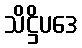
သိဋ္ဌိပဒေ